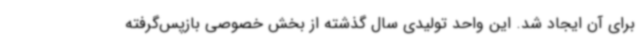
برای آن ایجاد شد. این واحد تولیدی سال گذشته از بخش خصوصی بازپس‌گرفته